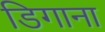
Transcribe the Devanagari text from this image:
डिगाना